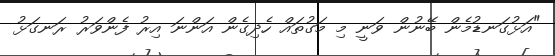
"އަޅުގަނޑުމެން ބޭނުން ވަނީ މި މަގުތައް ހެދިގެން އަންނަ އިރު ފެންވަރު ރަނގަޅު